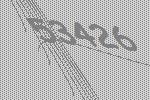
53426